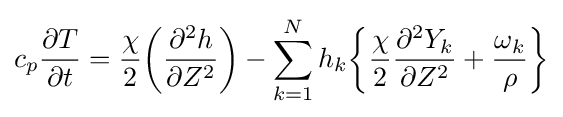
{c_{p}}{\partial T \over \partial t}={\chi  \over 2}{\biggl (}{\partial ^{2}h \over \partial Z^{2}}{\biggr )}-{\sum _{k=1}^{N}h_{k}}{\biggl \{}{\chi  \over 2}{\partial ^{2}Y_{k} \over \partial Z^{2}}+{\omega _{k} \over \rho }{\biggr \}}